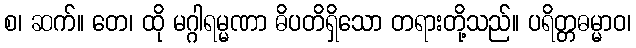
စ၊ ဆက်။ တေ၊ ထို မဂ္ဂါရမ္မဏာ ဓိပတိရှိသော တရားတို့သည်။ ပရိတ္တဓမ္မာဝ၊